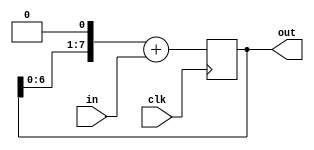
module shift_reg(
        input clk,
        input in,
        output reg [WIDTH-1:0] out = 0
        );

parameter WIDTH = 8;

always @(posedge clk)
begin
        out = (out << 1) + in;
end

endmodule